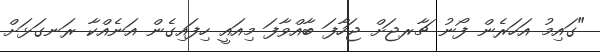
"ގައިމު އަހަރެން ފޯނު ޗާރޖަށް ޖަހާފަ ބާއްވާފަ މިއައީ ހިފައިގެން އަނެއްކާ ރަނގަޅަށް